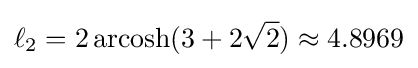
\ell _{2}=2\operatorname {\rm {arcosh}} (3+2{\sqrt {2}})\approx 4.8969